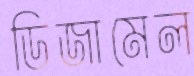
ডিজামেল